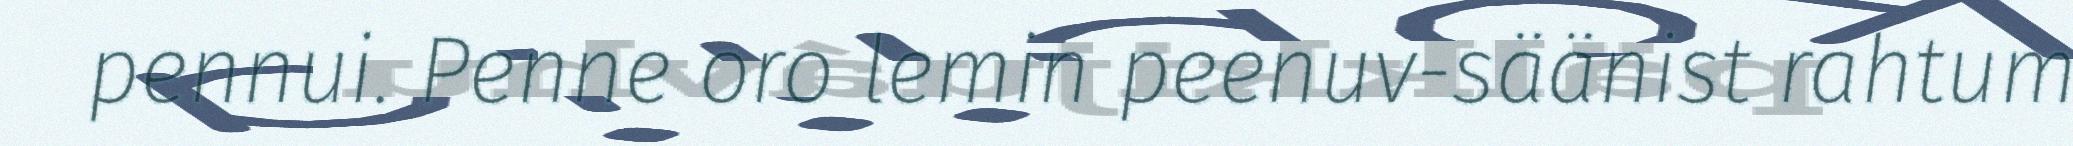
pennui. Penne oro lemin peenuv-säänist rahtum